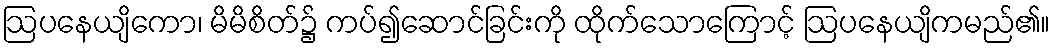
ဩပနေယျိကော၊ မိမိစိတ်၌ ကပ်၍ဆောင်ခြင်းကို ထိုက်သောကြောင့် ဩပနေယျိကမည်၏။